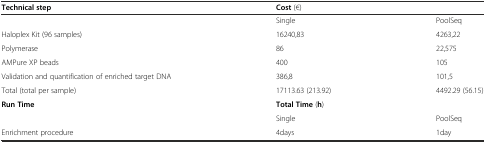
<table><thead><tr><td><b>Technical step</b></td><td colspan="2"><b>Cost (€)</b></td></tr></thead><tbody><tr><td></td><td>Single</td><td>PoolSeq</td></tr><tr><td>Haloplex Kit (96 samples)</td><td>16240,83</td><td>4263,22</td></tr><tr><td>Polymerase</td><td>86</td><td>22,575</td></tr><tr><td>AMPure XP beads</td><td>400</td><td>105</td></tr><tr><td>Validation and quantification of enriched target DNA</td><td>386,8</td><td>101,5</td></tr><tr><td>Total (total per sample)</td><td>17113.63 (213.92)</td><td>4492.29 (56.15)</td></tr><tr><td><b>Run Time</b></td><td colspan="2"><b>Total Time</b> (<b>h</b>)</td></tr><tr><td></td><td>Single</td><td>PoolSeq</td></tr><tr><td>Enrichment procedure</td><td>4days</td><td>1day</td></tr></tbody></table>